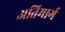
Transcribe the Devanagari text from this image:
अतिमार्ग